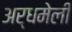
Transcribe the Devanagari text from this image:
अर्धमेली